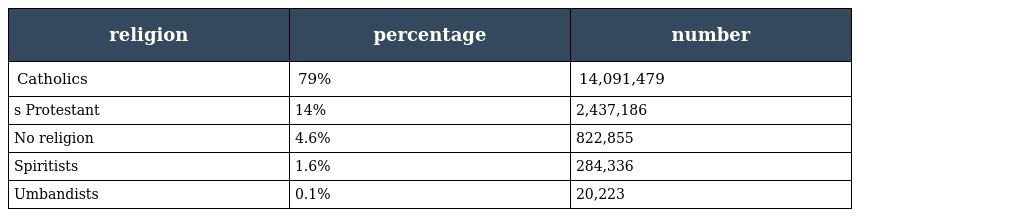
| religion | percentage | number |
 | --- | --- | --- |
 | Catholics | 79% | 14,091,479 |
 | s Protestant | 14% | 2,437,186 |
 | No religion | 4.6% | 822,855 |
 | Spiritists | 1.6% | 284,336 |
 | Umbandists | 0.1% | 20,223 |